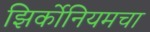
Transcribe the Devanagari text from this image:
झिर्कोनियमचा